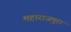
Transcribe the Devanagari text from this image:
महाराजपुरा